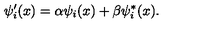
\psi _ { i } ^ { \prime } ( x ) = \alpha \psi _ { i } ( x ) + \beta \psi _ { i } ^ { * } ( x ) .